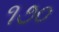
૧૭૦